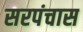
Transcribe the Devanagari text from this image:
सरपंचास